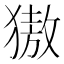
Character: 獓